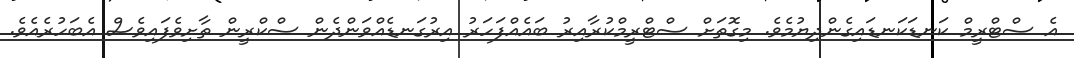
އެ ސްޓްރީމް ކަނޑަކަނޑައިގެންދިޔުމެވެ. މިގޮތަށް ސްޓްރީމްކުރާއިރު ބައެއްފަހަރު އިރުގަނޑެއްވަންދެން ސްކްރީން ތާށިވެފައިވެސް އެބަހުރެއެވެ.